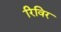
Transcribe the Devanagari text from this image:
रिविर